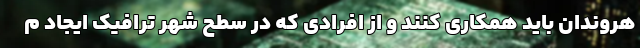
هروندان باید همکاری کنند و از افرادی که در سطح شهر ترافیک ایجاد م